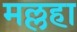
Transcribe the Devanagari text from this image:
मल्लहा